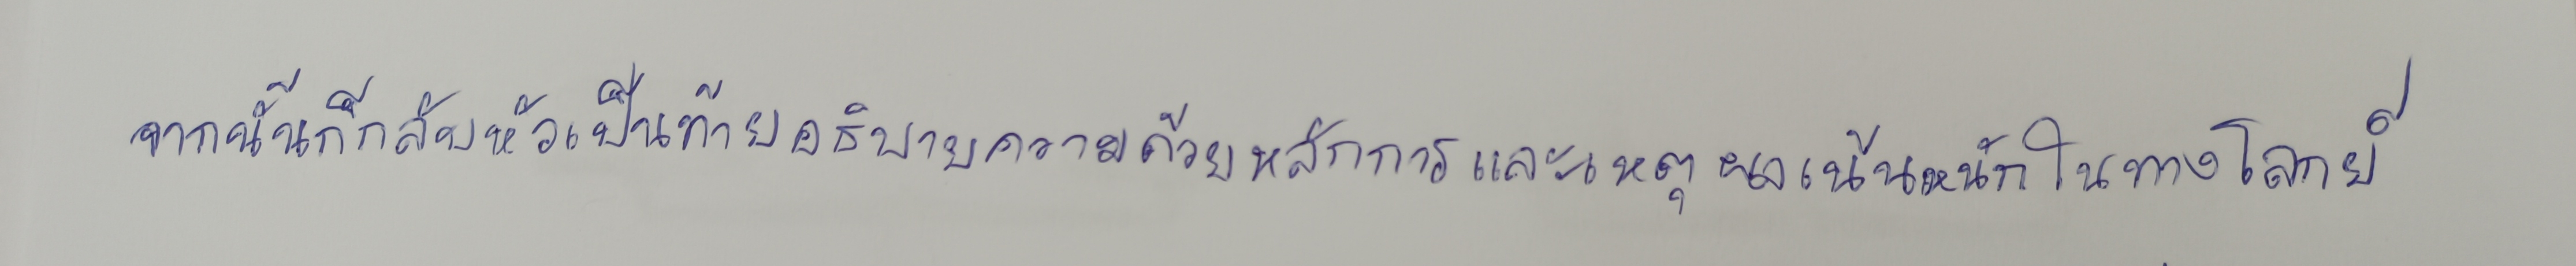
จากนั้นก็กลับหัวเป็นท้ายอธิบายความด้วยหลักการและเหตุผลเน้นหนักในทางโลกย์